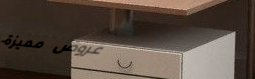
عروض مميزة